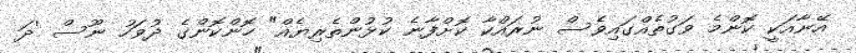
އޭނާއަކީ ކޮންމެ ވަގުތެއްގައިވެސް ނުރައްކާ ކޮށްފާނެ ކުޅުންތެރިޔެއް" ހޮންކޮންގެ ދުވަހު ނޫސް 'ދަ